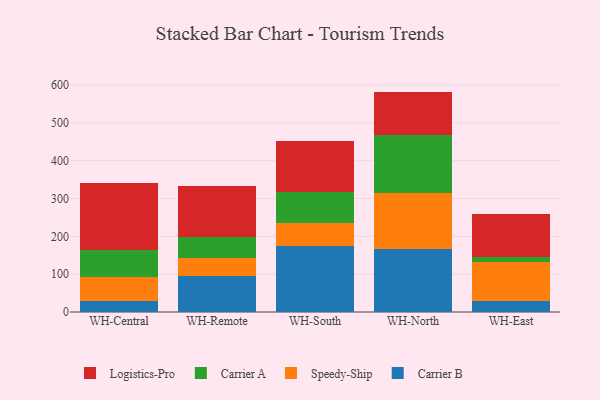
{"axis": {"x": "Warehouse", "y": "Demand Index"}, "legend": ["Carrier A", "Carrier B", "Logistics-Pro", "Speedy-Ship"], "data": [{"x": "WH-Central", "y": 28.4, "type": "Carrier B"}, {"x": "WH-Central", "y": 65.3, "type": "Speedy-Ship"}, {"x": "WH-Central", "y": 69.6, "type": "Carrier A"}, {"x": "WH-Central", "y": 178.7, "type": "Logistics-Pro"}, {"x": "WH-Remote", "y": 94.3, "type": "Carrier B"}, {"x": "WH-Remote", "y": 49.1, "type": "Speedy-Ship"}, {"x": "WH-Remote", "y": 54.4, "type": "Carrier A"}, {"x": "WH-Remote", "y": 134.1, "type": "Logistics-Pro"}, {"x": "WH-South", "y": 175.0, "type": "Carrier B"}, {"x": "WH-South", "y": 59.0, "type": "Speedy-Ship"}, {"x": "WH-South", "y": 82.9, "type": "Carrier A"}, {"x": "WH-South", "y": 135.1, "type": "Logistics-Pro"}, {"x": "WH-North", "y": 166.2, "type": "Carrier B"}, {"x": "WH-North", "y": 147.7, "type": "Speedy-Ship"}, {"x": "WH-North", "y": 153.2, "type": "Carrier A"}, {"x": "WH-North", "y": 115.4, "type": "Logistics-Pro"}, {"x": "WH-East", "y": 28.9, "type": "Carrier B"}, {"x": "WH-East", "y": 102.2, "type": "Speedy-Ship"}, {"x": "WH-East", "y": 14.5, "type": "Carrier A"}, {"x": "WH-East", "y": 113.0, "type": "Logistics-Pro"}]}